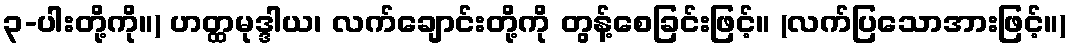
၃-ပါးတို့ကို။) ဟတ္ထမုဒ္ဒါယ၊ လက်ချောင်းတို့ကို တွန့်စေခြင်းဖြင့်။ (လက်ပြသောအားဖြင့်။)